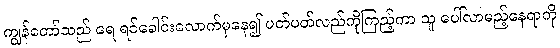
ကျွန်တော်သည် ရေ ရင်ခေါင်းလောက်မှနေ၍ ပတ်ပတ်လည်ကိုကြည့်ကာ သူ ပေါ်လာမည့်နေရာကို